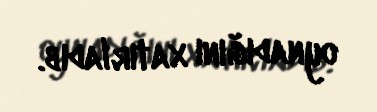
oynadığını xatırladıb.